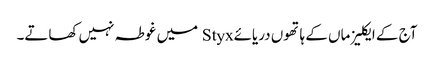
آج کے ایکلیز ماں کے ہاتھوں دریائےStyx میں غوطہ نہیں کھاتے۔